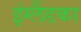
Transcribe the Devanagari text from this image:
इंग्लैंडका